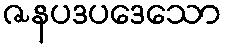
ဇနပဒပဒေသော